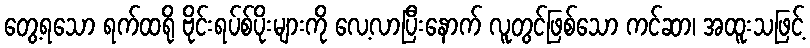
တွေ့ရသော ရက်ထရို ဗိုင်းရပ်စ်ပိုးများကို လေ့လာပြီးနောက် လူတွင်ဖြစ်သော ကင်ဆာ၊ အထူးသဖြင့်